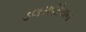
ડલમાટિયન